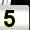
Digit: 5